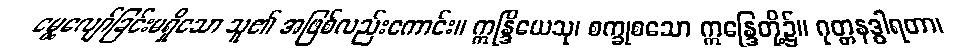
မွေ့လျော်ခြင်းမရှိသော သူ၏ အဖြစ်လည်းကောင်း။ ဣန္ဒြိယေသု၊ စက္ခုစသော ဣန္ဒြေတို့၌။ ဂုတ္တနဒွါရတာ၊